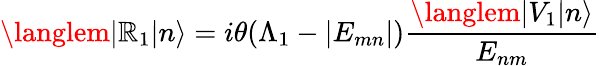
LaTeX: \langlem|\mathbb{R}_{1}|n\rangle=i\theta(\Lambda_{1}-|E_{mn}|){\frac{{\langlem|V_{1}|n\rangle}}{{E_{nm}}}}